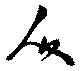
人